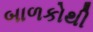
બાળકોથી